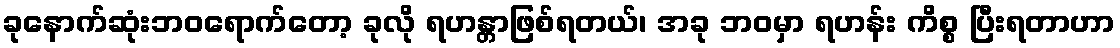
ခုနောက်ဆုံးဘဝရောက်တော့ ခုလို ရဟန္တာဖြစ်ရတယ်၊ အခု ဘဝမှာ ရဟန်း ကိစ္စ ပြီးရတာဟာ